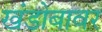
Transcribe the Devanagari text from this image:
खंडोबावर